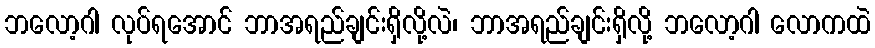
ဘလော့ဂါ လုပ်ရအောင် ဘာအရည်ချင်းရှိလို့လဲ၊ ဘာအရည်ချင်းရှိလို့ ဘလော့ဂါ လောကထဲ